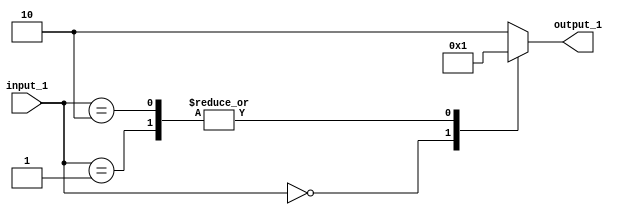
// Generator : SpinalHDL v1.4.3    git head : adf552d8f500e7419fff395b7049228e4bc5de26
// Component : unnamed
// Git hash  : adf552d8f500e7419fff395b7049228e4bc5de26



module unnamed (
  input      [1:0]    input_1,
  output     [1:0]    output_1
);
  reg        [1:0]    _zz_1;
  wire       [1:0]    _zz_2;

  assign _zz_2 = {input_1[1],input_1[0]};
  always @(*) begin
    case(_zz_2)
      2'b00 : begin
        _zz_1 = 2'b00;
      end
      2'b01 : begin
        _zz_1 = 2'b01;
      end
      2'b10 : begin
        _zz_1 = 2'b01;
      end
      default : begin
        _zz_1 = 2'b10;
      end
    endcase
  end

  assign output_1 = _zz_1;

endmodule